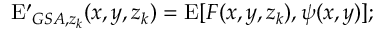
\mathrm { E ^ { \prime } } _ { G S A , z _ { k } } ( x , y , z _ { k } ) = \mathrm { E } [ F ( x , y , z _ { k } ) , \psi ( x , y ) ] ;